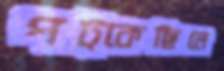
পট্‌কেছিলে